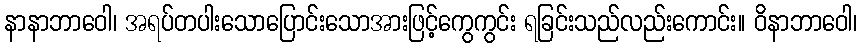
နာနာဘာဝေါ၊ အရပ်တပါးသောပြောင်းသောအားဖြင့်ကွေကွင်း ရခြင်းသည်လည်းကောင်း။ ဝိနာဘာဝေါ၊